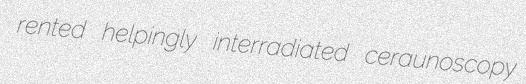
rented helpingly interradiated ceraunoscopy